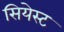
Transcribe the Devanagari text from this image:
सियेस्ट